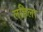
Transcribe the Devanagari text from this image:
लहिला